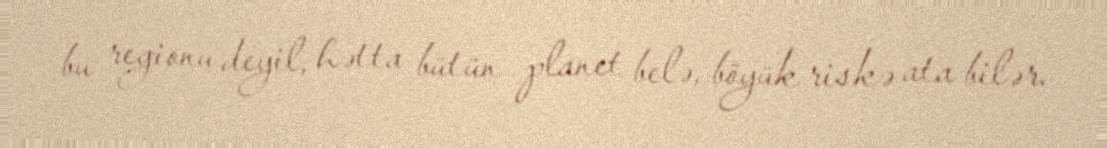
bu regionu deyil, hətta bütün planet belə, böyük riskə ata bilər.